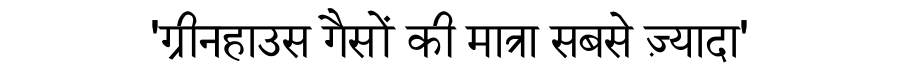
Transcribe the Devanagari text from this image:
'ग्रीनहाउस गैसों की मात्रा सबसे ज़्यादा'